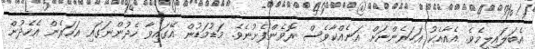
އެބަލައިލީމެވެ. އެއާއެކު އަހަރެންނަށް އަނެއްކާވެސް ރޮވެންފެށުނެވެ. މަޑުމަޑުން އޭގައިވާ ހެދުންނަގައި އަހަރެން އެހެދުން